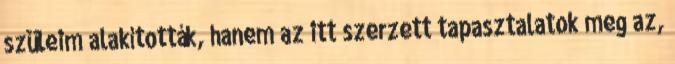
szüleim alakították, hanem az itt szerzett tapasztalatok meg az,